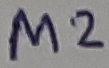
Text: M2